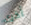
أخرى